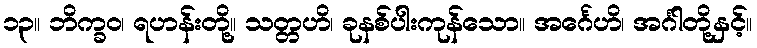
၁၃။ ဘိက္ခဝ၊ ရဟန်းတို့။ သတ္တဟိ၊ ခုနစ်ပါးကုန်သော။ အင်္ဂေဟိ၊ အင်္ဂါတို့နှင့်။